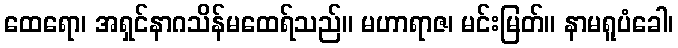
ထေရော၊ အရှင်နာဂသိန်မထေရ်သည်။ မဟာရာဇ၊ မင်းမြတ်။ နာမရူပံခေါ၊